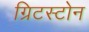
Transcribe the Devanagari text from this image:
ग्रिटस्टोन